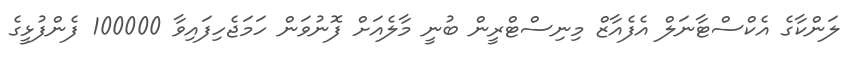
ލަންކާގެ އެކްސްޓާނަލް އެފެއާޒް މިނިސްޓްރީން ބުނީ މާލެއަށް ފޮނުވަން ހަމަޖެހިފައިވާ 100000 ފެންފުޅީގެ